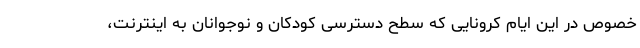
خصوص در این ایام کرونایی که سطح دسترسی کودکان و نوجوانان به اینترنت،